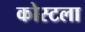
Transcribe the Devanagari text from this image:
कोस्टला